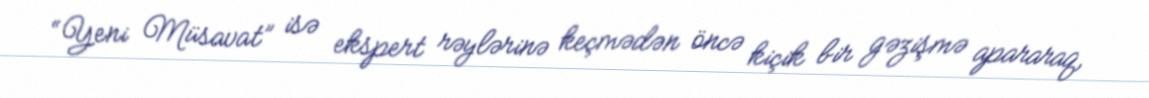
“Yeni Müsavat” isə ekspert rəylərinə keçmədən öncə kiçik bir gəzişmə apararaq,